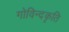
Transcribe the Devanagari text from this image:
गोविन्दकृति